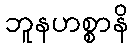
ဘူနဟစ္စာနိ